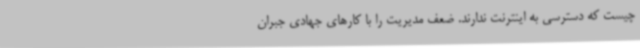
چیست که دسترسی به اینترنت ندارند. ضعف مدیریت را با کارهای جهادی جبران